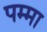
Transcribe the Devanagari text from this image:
पम्मा